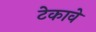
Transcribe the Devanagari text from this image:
टेकावे